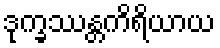
ဒုက္ခဿန္တကိရိယာယ